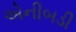
એનીબડી